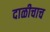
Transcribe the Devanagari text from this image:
दाळीचाच